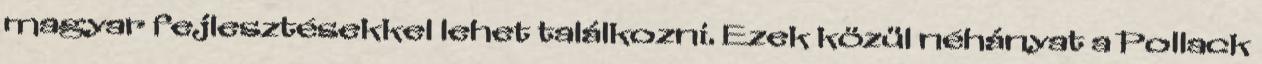
magyar fejlesztésekkel lehet találkozni. Ezek közül néhányat a Pollack